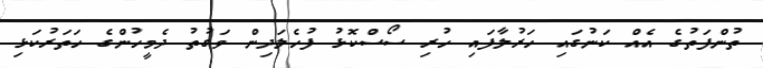
ތުންފަތުގެ އެއް ކަނުގައި ހަރުލާފައި ހުރި ސޯސްކޮޅު ފުހެލަދިން ވަގުތު ދެމީހުންގެ ހަތަރުކަޅި